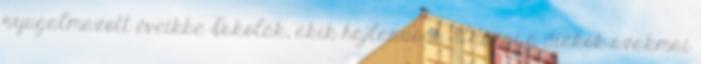
nyugalmazott éveikbe Iskolák, akik hajlandóak áldozni a diákok szakmai